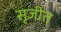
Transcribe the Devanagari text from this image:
सृजीत